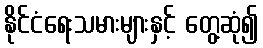
နိုင်ငံရေးသမားများနှင့် တွေ့ဆုံ၍